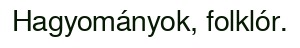
Hagyományok, folklór.